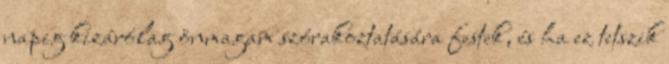
napig kizárólag önmagam szórakoztatására festek, és ha ez tetszik